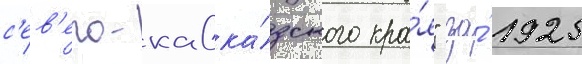
с'ев'еро-кавка́зского кра́я" за́ 1925